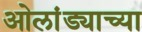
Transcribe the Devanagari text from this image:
ओलांड्याच्या